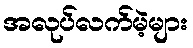
အလုပ်လက်မဲ့များ